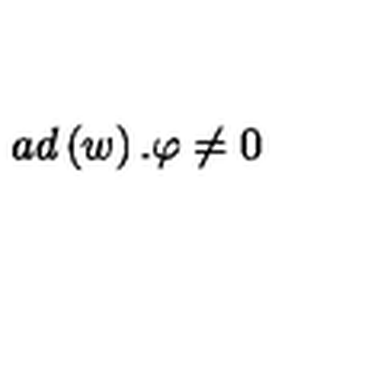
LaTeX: a d \left( w \right) . \varphi \neq 0